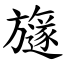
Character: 旞